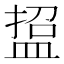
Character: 𭾃